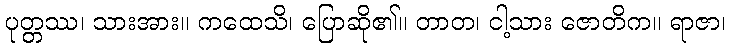
ပုတ္တဿ၊ သားအား။ ကထေသိ၊ ပြောဆို၏။ တာတ၊ ငါ့သား ဇောတိက။ ရာဇာ၊